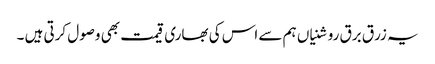
یہ زرق برق روشنیاں ہم سے اس کی بھاری قیمت بھی وصول کرتی ہیں ۔